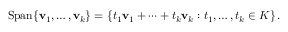
{ \mathrm { S p a n } } \{ \mathbf { v } _ { 1 } , \ldots , \mathbf { v } _ { k } \} = \left\{ t _ { 1 } \mathbf { v } _ { 1 } + \cdots + t _ { k } \mathbf { v } _ { k } : t _ { 1 } , \ldots , t _ { k } \in K \right\} .